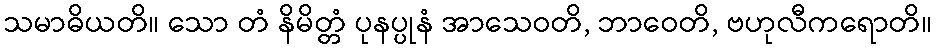
သမာဓိယတိ။ သော တံ နိမိတ္တံ ပုနပ္ပုနံ အာသေဝတိ, ဘာဝေတိ, ဗဟုလီကရောတိ။